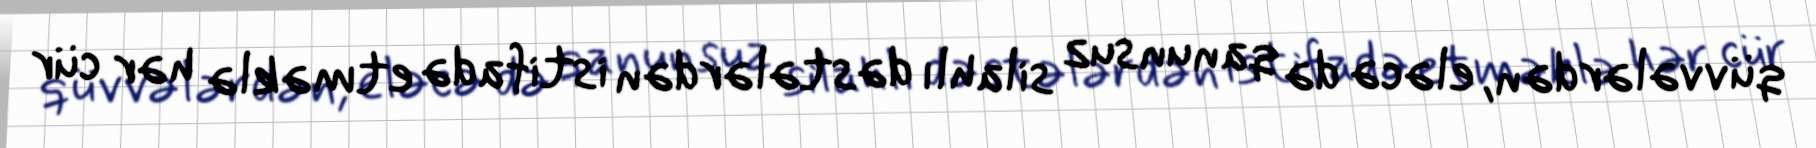
qüvvələrdən, eləcə də qanunsuz silahlı dəstələrdən istifadə etməklə hər cür